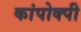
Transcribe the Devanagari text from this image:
कांपोक्पी